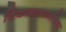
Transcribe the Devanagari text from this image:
विकासकामांच्या